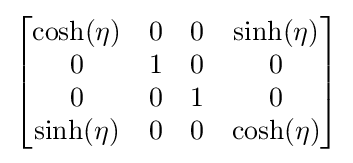
{\begin{bmatrix}\cosh(\eta )&0&0&\sinh(\eta )\\0&1&0&0\\0&0&1&0\\\sinh(\eta )&0&0&\cosh(\eta )\end{bmatrix}}